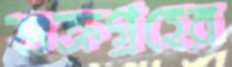
শুক্রগ্রহের